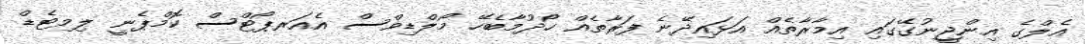
އެލްގެ އިންޖީނުގޭގައި އިމާރާތެއް އަޅައިދޭނެ ފަރާތެއް ހޯދުމާބެހޭ މޯލްޑިވްސް އެއަރޕޯޓްސް ކޮމްޕެނީ ލިމިޓެޑް